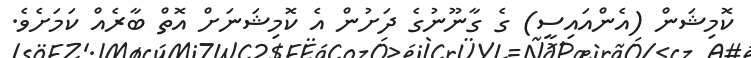
ކޮމިޝަން (އެންއައިސީ) ގެ ގާނޫނުުގެ ދަށުން އެ ކޮމިޝަނަށް އޮތް ބާރެއް ކަމަށެވެ.